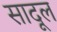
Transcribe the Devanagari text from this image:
सादूल